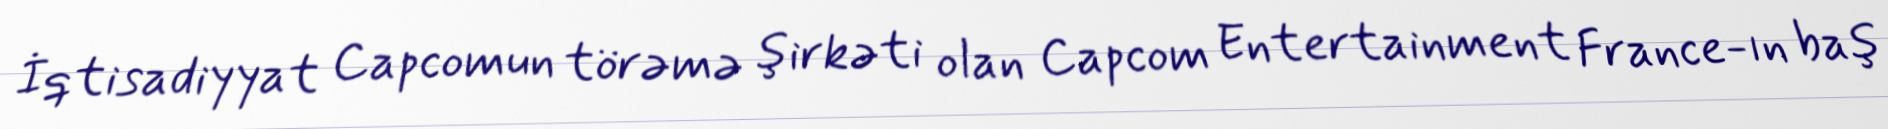
İqtisadiyyat Capcomun törəmə şirkəti olan Capcom Entertainment France-ın baş